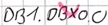
Text: DB1.DBX0.0